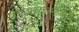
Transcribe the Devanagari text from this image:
चितमपल्लींमुळे